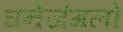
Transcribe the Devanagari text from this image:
घनेजंगलों